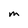
Character: m